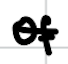
Text: of
Cross-out: single-line
Writing tool: digital_black